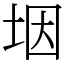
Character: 㘻